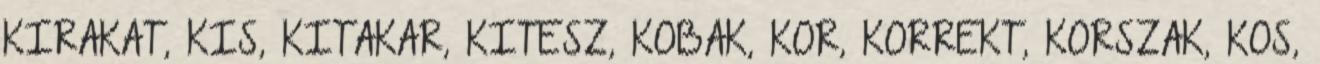
KIRAKAT, KIS, KITAKAR, KITESZ, KOBAK, KOR, KORREKT, KORSZAK, KOS,